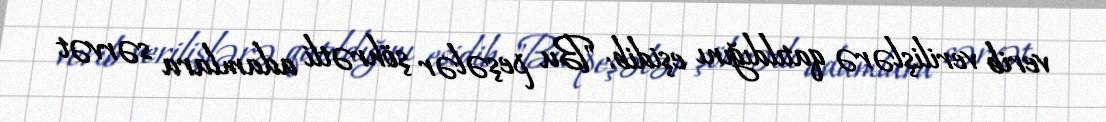
verib verilişlərə qatıldığını eşidib: "Bu peşələr şöhrətli adamlara sərvət